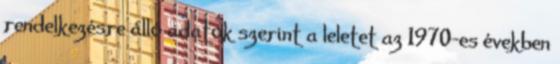
rendelkezésre álló adatok szerint a leletet az 1970-es években